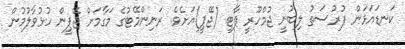
ކަނޑައަޅަން ފުރުސަތު ލިބުނީ ޖުމްހޫރީ ޕާޓީ (ޖޭޕީ)އަށެވެ. ރަނިންމޭޓުގެ މަގާމަށް ޖޭޕީން ހުޅުވާލުމުން